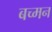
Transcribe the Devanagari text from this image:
बच्मन